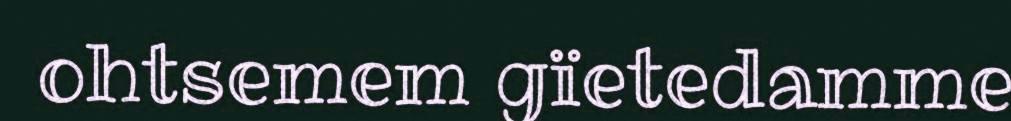
ohtsemem gïetedamme